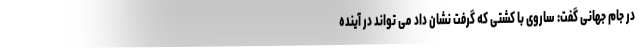
در جام جهانی گفت: ساروی با کشتی که گرفت نشان داد می تواند در آینده